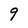
Character: 9